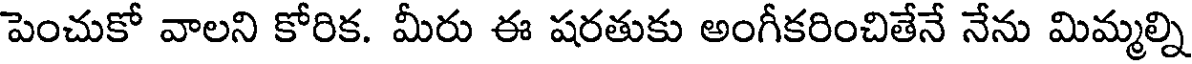
పెంచుకో వాలని కోరిక. మీరు ఈ షరతుకు అంగీకరించితేనే నేను మిమ్మల్ని